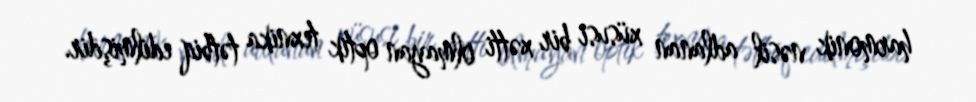
harmonik nəsil adlanan xüsusi bir xətti olmayan optik texnika tətbiq edilmişdir.